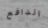
الدافع